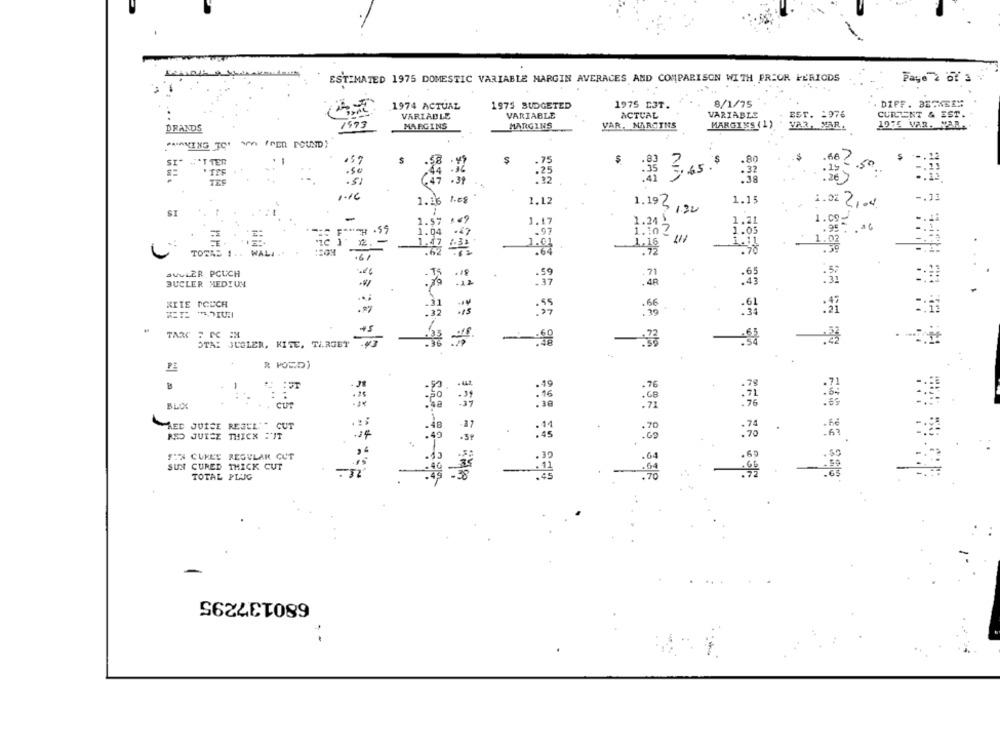
ESTIMATED 1975 DOMESTIC VARIABLE MARGIN AVERACES AND COMPARISON WITH PRIOR PERIODS
Page 2 of 3
1974 ACTUAL
1975 BUDGETED
1975 CJT.
8/1/75
DIFF. BE-KEEM
EST. 1976
VARIABLE
VARIABLE
ACTUAL
VARIABLE
CURRENT & EST.
DRANDS
1573
MARGINS
MARGINS
VAR, MARCTHS
MARGINS (1)
1975 VAR. VAR ..
"""MING TOU SON /PER POUND;
.80
SI" -"TTER
.66 2.
.50
. TEF
:$ 3,65.8
.32
.19.
.38
. 26
1.68
1.12
1.15
-. 13
SI
1.16
1.19 3/30
1.02 2104.
1.57
1.17
1.24
1.09
1.102
.95 .06
1:03
-E
. 39
TOTAD 1 .. WAL. ..
1.16
.61
SULLER PCUCH
.18
:65
BUCLER HEDYUN
KITE TOUCH
.55
TARC 2 PC :M
STA: JUGLER, KITE, TARGET
R POSD)
BLIX
CUT
AED JUICE REGUL"" CUT
-27
RED JUICE THICK :IT
.39
STX CUKLE REGULAR CUT
.64
SUN CURED THICK CUT
-
. 65
TOTAL PLIG
680137295
. .